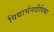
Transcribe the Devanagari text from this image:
विद्यार्चनदीपिका